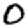
Digit: 0